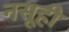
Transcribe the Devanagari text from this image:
नसूही